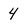
Character: 4